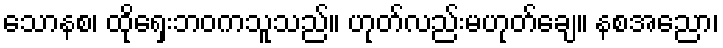
သောနစ၊ ထိုရှေးဘဝကသူသည်။ ဟုတ်လည်းမဟုတ်ချေ။ နစအညော၊